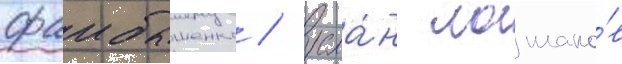
фаибышенко / русла́н лошако́в